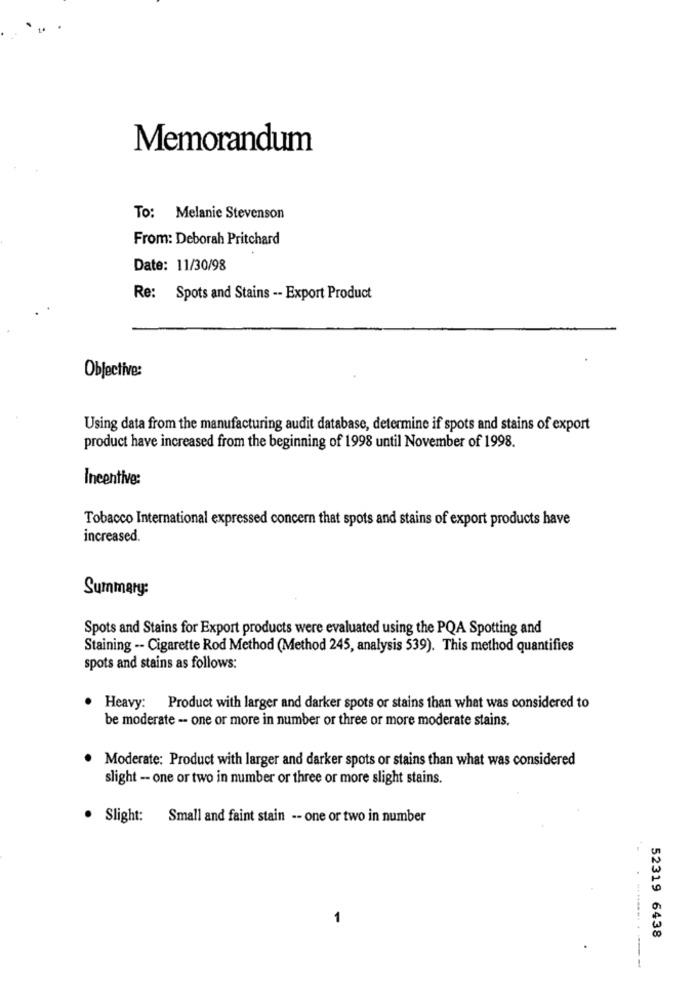
Memorandum
To: Melanie Stevenson
From: Deborah Pritchard
Date: 11/30/98
Re: Spots and Stains -- Export Product
Objective:
Using data from the manufacturing audit database, determine if spots and stains of export
product have increased from the beginning of 1998 until November of 1998.
Incentive:
Tobacco International expressed concern that spots and stains of export products have
increased.
Summary:
Spots and Stains for Export products were evaluated using the PQA Spotting and
Staining -- Cigarette Rod Method (Method 245, analysis 539). This method quantifies
spots and stains as follows:
. Heavy: Product with larger and darker spots or stains than what was considered to
be moderate -- one or more in number or three or more moderate stains.
Moderate: Product with larger and darker spots or stains than what was considered
slight -- one or two in number or three or more slight stains.
. Slight: Small and faint stain -- one or two in number
1
52319 6438